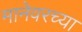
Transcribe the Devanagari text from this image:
मानेवरच्या